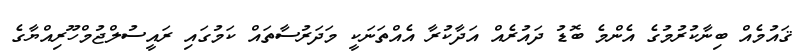
ޤައުމެއް ބިނާކުރުމުގެ އެންމެ ބޮޑު ދައުރެއް އަދާކުރާ އެއްތަނަކީ މަދަރުސާތައް ކަމުގައި ރައީސުލްޖުމްހޫރިއްޔާގެ